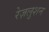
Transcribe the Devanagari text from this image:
रेज़लुशन